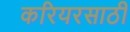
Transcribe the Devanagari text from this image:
करियरसाठी